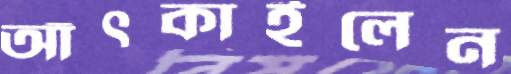
আঁৎকাইলেন